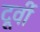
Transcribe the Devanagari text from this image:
दूर्वी